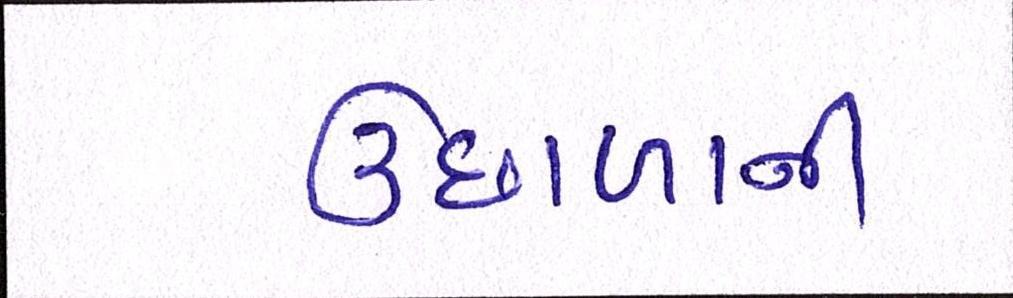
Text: ઉછાળાની